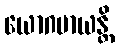
ယောဂမာယန္တိ